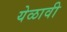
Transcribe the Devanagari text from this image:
येळावी